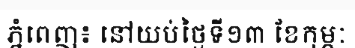
ភ្នំពេញ៖ នៅយប់ថ្ងៃទី១៣ ខែកុម្ភៈ